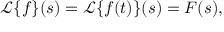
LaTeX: { \mathcal { L } } \{ f \} ( s ) = { \mathcal { L } } \{ f ( t ) \} ( s ) = F ( s ) ,